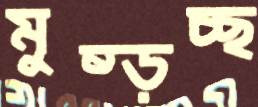
মুষ্‌ড়চ্ছ